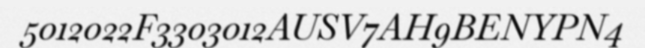
5012022F3303012AUSV7AH9BENYPN4